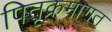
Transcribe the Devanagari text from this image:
पितृक्रमागत